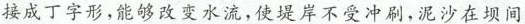
接成丁字形，能够改变水流，使堤岸不受冲刷，泥沙在坝间